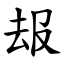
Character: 叝